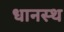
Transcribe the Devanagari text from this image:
धानस्थ